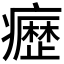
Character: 𭼰